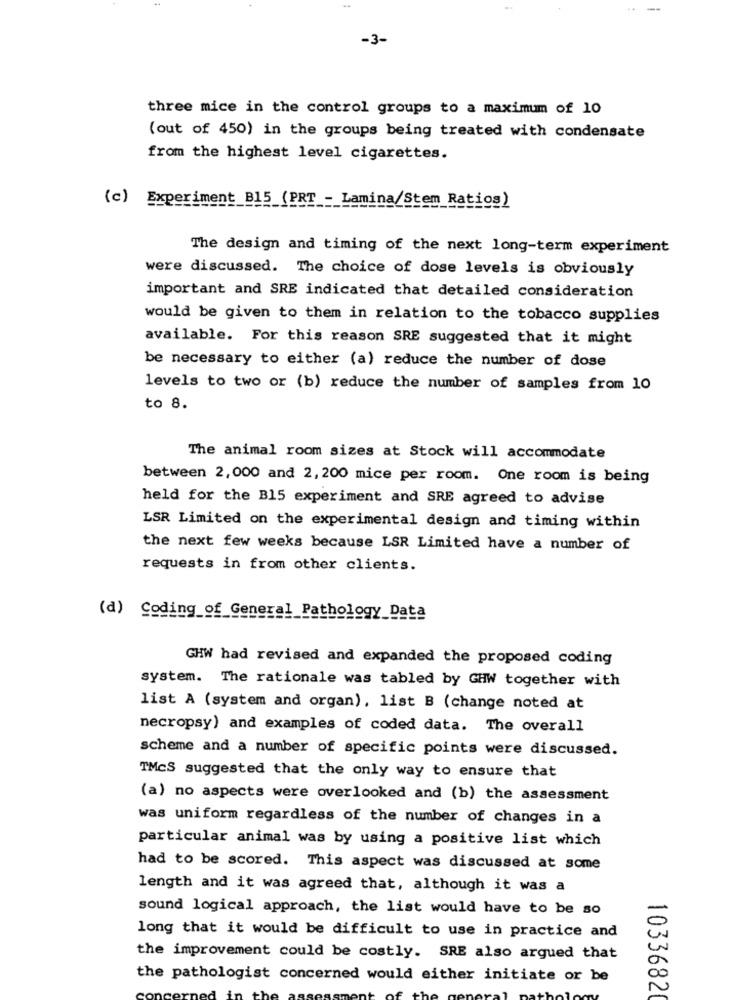
--
-3-
three mice in the control groups to a maximum of 10
(out of 450) in the groups being treated with condensate
from the highest level cigarettes.
(c) Experiment_B15 (PRT -_ Lamina/Stem_Ratios)
The design and timing of the next long-term experiment
were discussed. The choice of dose levels is obviously
important and SRE indicated that detailed consideration
would be given to them in relation to the tobacco supplies
available. For this reason SRE suggested that it might
be necessary to either (a) reduce the number of dose
levels to two or (b) reduce the number of samples from 10
to 8.
The animal room sizes at Stock will accommodate
between 2,000 and 2,200 mice per room. One room is being
held for the B15 experiment and SRE agreed to advise
LSR Limited on the experimental design and timing within
the next few weeks because LSR Limited have a number of
requests in from other clients.
(d) Coding_of_General Pathology Data
GHW had revised and expanded the proposed coding
system. The rationale was tabled by GHW together with
list A (system and organ), list B (change noted at
necropsy) and examples of coded data. The overall
scheme and a number of specific points were discussed.
TMcS suggested that the only way to ensure that
(a) no aspects were overlooked and (b) the assessment
was uniform regardless of the number of changes in a
particular animal was by using a positive list which
had to be scored. This aspect was discussed at some
length and it was agreed that, although it was a
sound logical approach, the list would have to be so
long that it would be difficult to use in practice and
the improvement could be costly. SRE also argued that
the pathologist concerned would either initiate or be
10336820